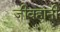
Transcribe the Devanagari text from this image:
जीवहानी